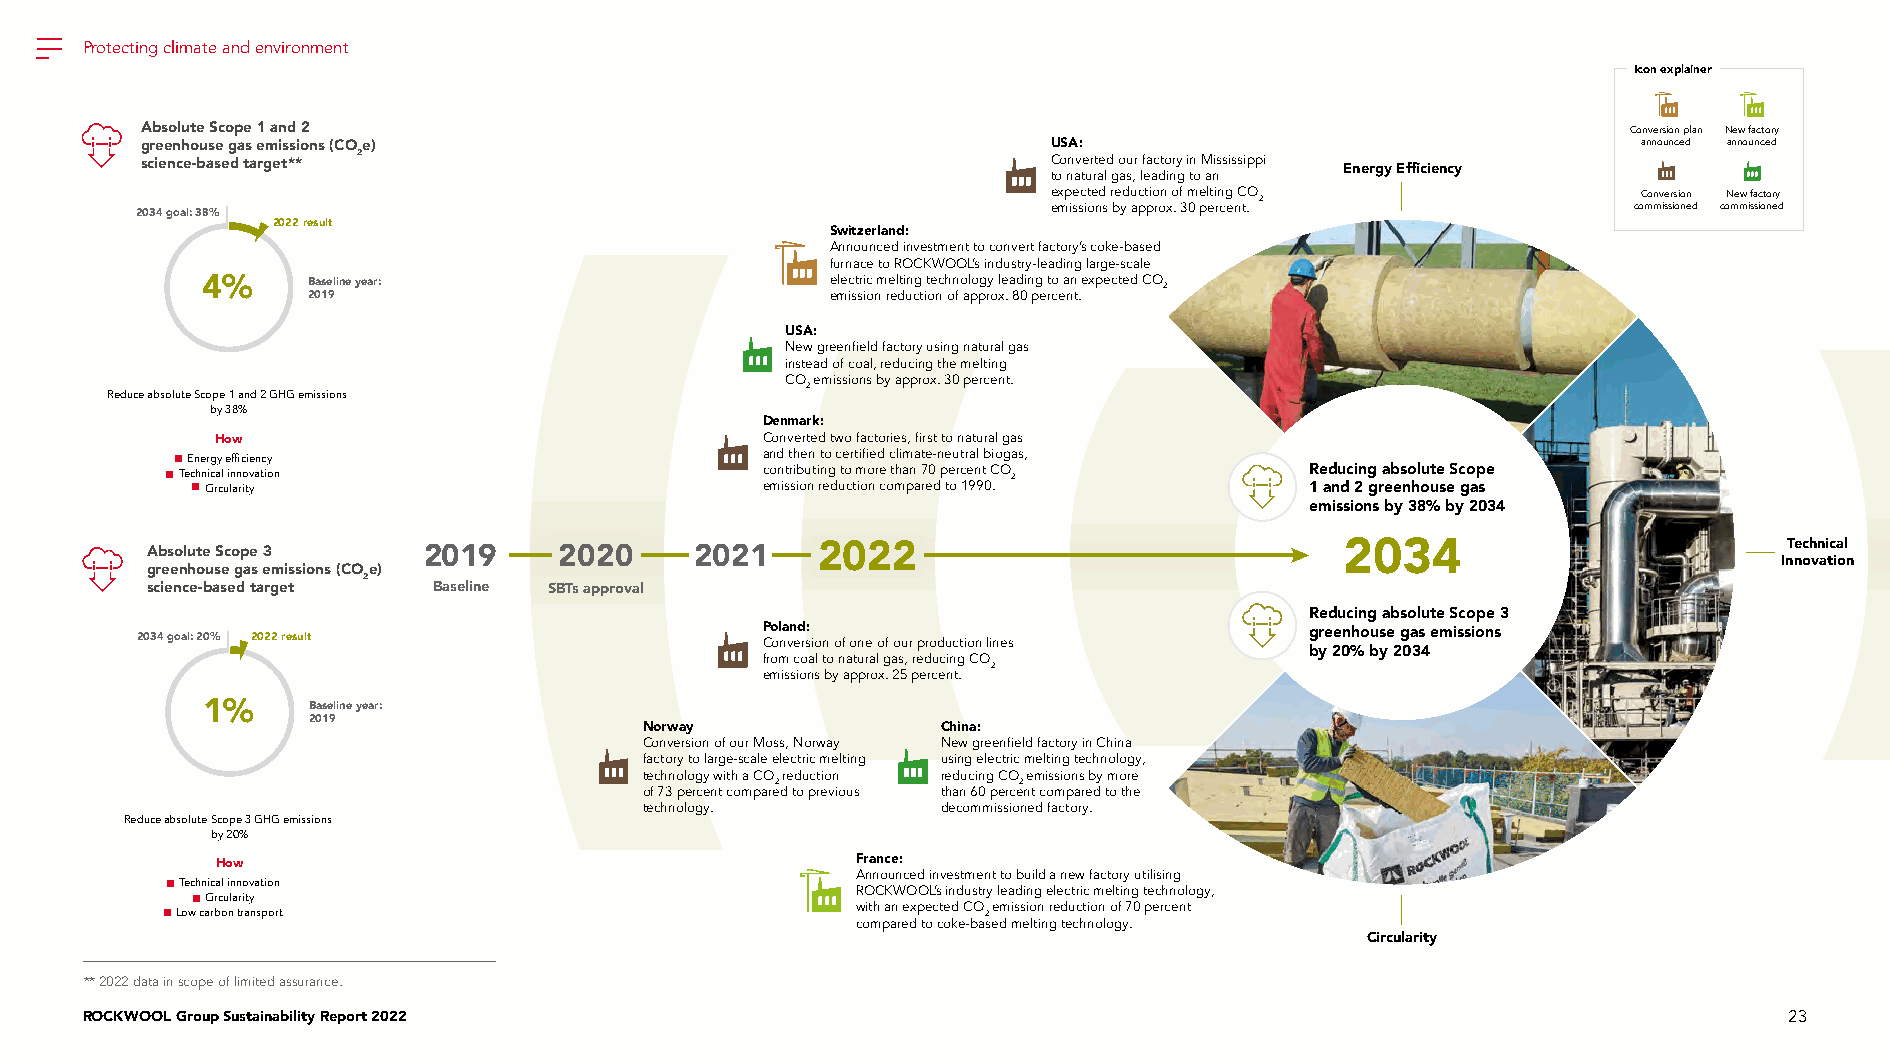
Protecting climate and environment
 Icon explainer
 Absolute Scope 1 and 2                                                                             Conversion plan New factory
 greenhouse gas emissions (COe)                               USA:                                   announced announced
 science-based target** 2                                     Converted our factory in Mississippi Energy Efficiency
 to natural gas, leading to an
 expected reduction of melting CO 2     Conversion New factory
 2034 goal: 38%                                               emissions by approx. 30 percent.      commissioned commissioned
 2022 result
 Switzerland:
 Announced investment to convert factory’s coke-based
 furnace to ROCKWOOL’s industry-leading large-scale
 4%     Baseline year:                     electric melting technology leading to an expected CO
 2
 2019                               emission reduction of approx. 80 percent.
 USA:
 New greenfield factory using natural gas
 instead of coal, reducing the melting
 CO emissions by approx. 30 percent.
 2
 Reduce absolute Scope 1 and 2 GHG emissions
 by 38%
 Denmark:
 How                                 Converted two factories, first to natural gas
 Energy efficiency                     and then to certified climate-neutral biogas,
 Technical innovation                  contributing to more than 70 percent CO 2 Reducing absolute Scope
 Circularity                         emission reduction compared to 1990. 1 and 2 greenhouse gas
 emissions by 38% by 2034
 Absolute Scope 3  2019     2020     2021    2022                               2034                         Technical
 Innovation
 greenhouse gas emissions (COe)
 2
 science-based target Baseline SBTs approval
 Reducing absolute Scope 3
 2034 goal: 20% 2022 result               P Co ol na vn ed rs: ion of one of our production lines greenhouse gas emissions
 by 20% by 2034
 from coal to natural gas, reducing CO
 2
 emissions by approx. 25 percent.
 1%     Baseline year:
 2019
 Norway             China:
 Conversion of our Moss, Norway New greenfield factory in China
 factory to large-scale electric melting using electric melting technology,
 technology with a CO reduction reducing CO emissions by more
 2               2
 of 73 percent compared to previous than 60 percent compared to the
 technology.        decommissioned factory.
 Reduce absolute Scope 3 GHG emissions
 by 20%
 How                                        France:
 Announced investment to build a new factory utilising
 Technical innovation
 ROCKWOOL’s industry leading electric melting technology,
 Circularity
 with an expected CO emission reduction of 70 percent
 Low carbon transport                                 2
 compared to coke-based melting technology.
 Circularity
 ** 2022 data in scope of limited assurance.
 ROCKWOOL Group Sustainability Report 2022                                                                        23